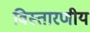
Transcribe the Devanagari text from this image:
विस्तारणीय